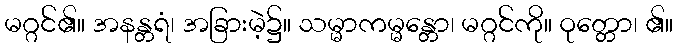
မဂ္ဂင်၏။ အနန္တရံ၊ အခြားမဲ့၌။ သမ္မာကမ္မန္တော၊ မဂ္ဂင်ကို။ ဝုတ္တော၊ ၏။